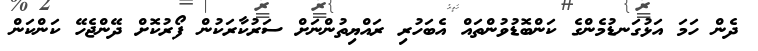
ދެން ހަމަ އަޅުގަނޑުމެންގެ ކަންބޮޑުވުންތައް އެބަހުރި ރައްޔިތުންނަށް ސަރުކާރަކުން ފޯރުކޮށް ދޭންޖެހޭ ކަންކަން